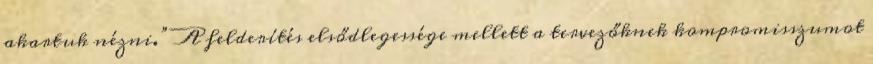
akartuk nézni.” A felderítés elsődlegessége mellett a tervezőknek kompromisszumot